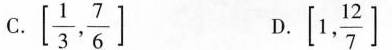
C.$$\left[ \frac{1}{3}, \frac{7}{6}\right]$$ D.$$\left[1, \frac{12}{7}\right]$$